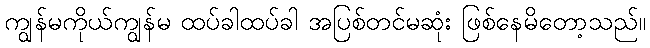
ကျွန်မကိုယ်ကျွန်မ ထပ်ခါထပ်ခါ အပြစ်တင်မဆုံး ဖြစ်နေမိတော့သည်။